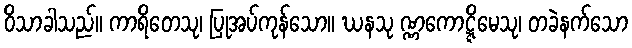
ဝိသာခါသည်။ ကာရိတေသု၊ ပြုအပ်ကုန်သော။ ဃနသု ဏ္ဏကောဋ္ဋိမေသု၊ တခဲနက်သော